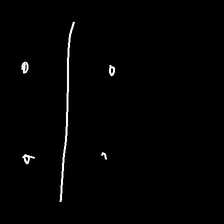
Glyph: cool